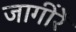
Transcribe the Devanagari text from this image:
जागींरें